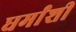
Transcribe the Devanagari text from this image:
धर्मांशी